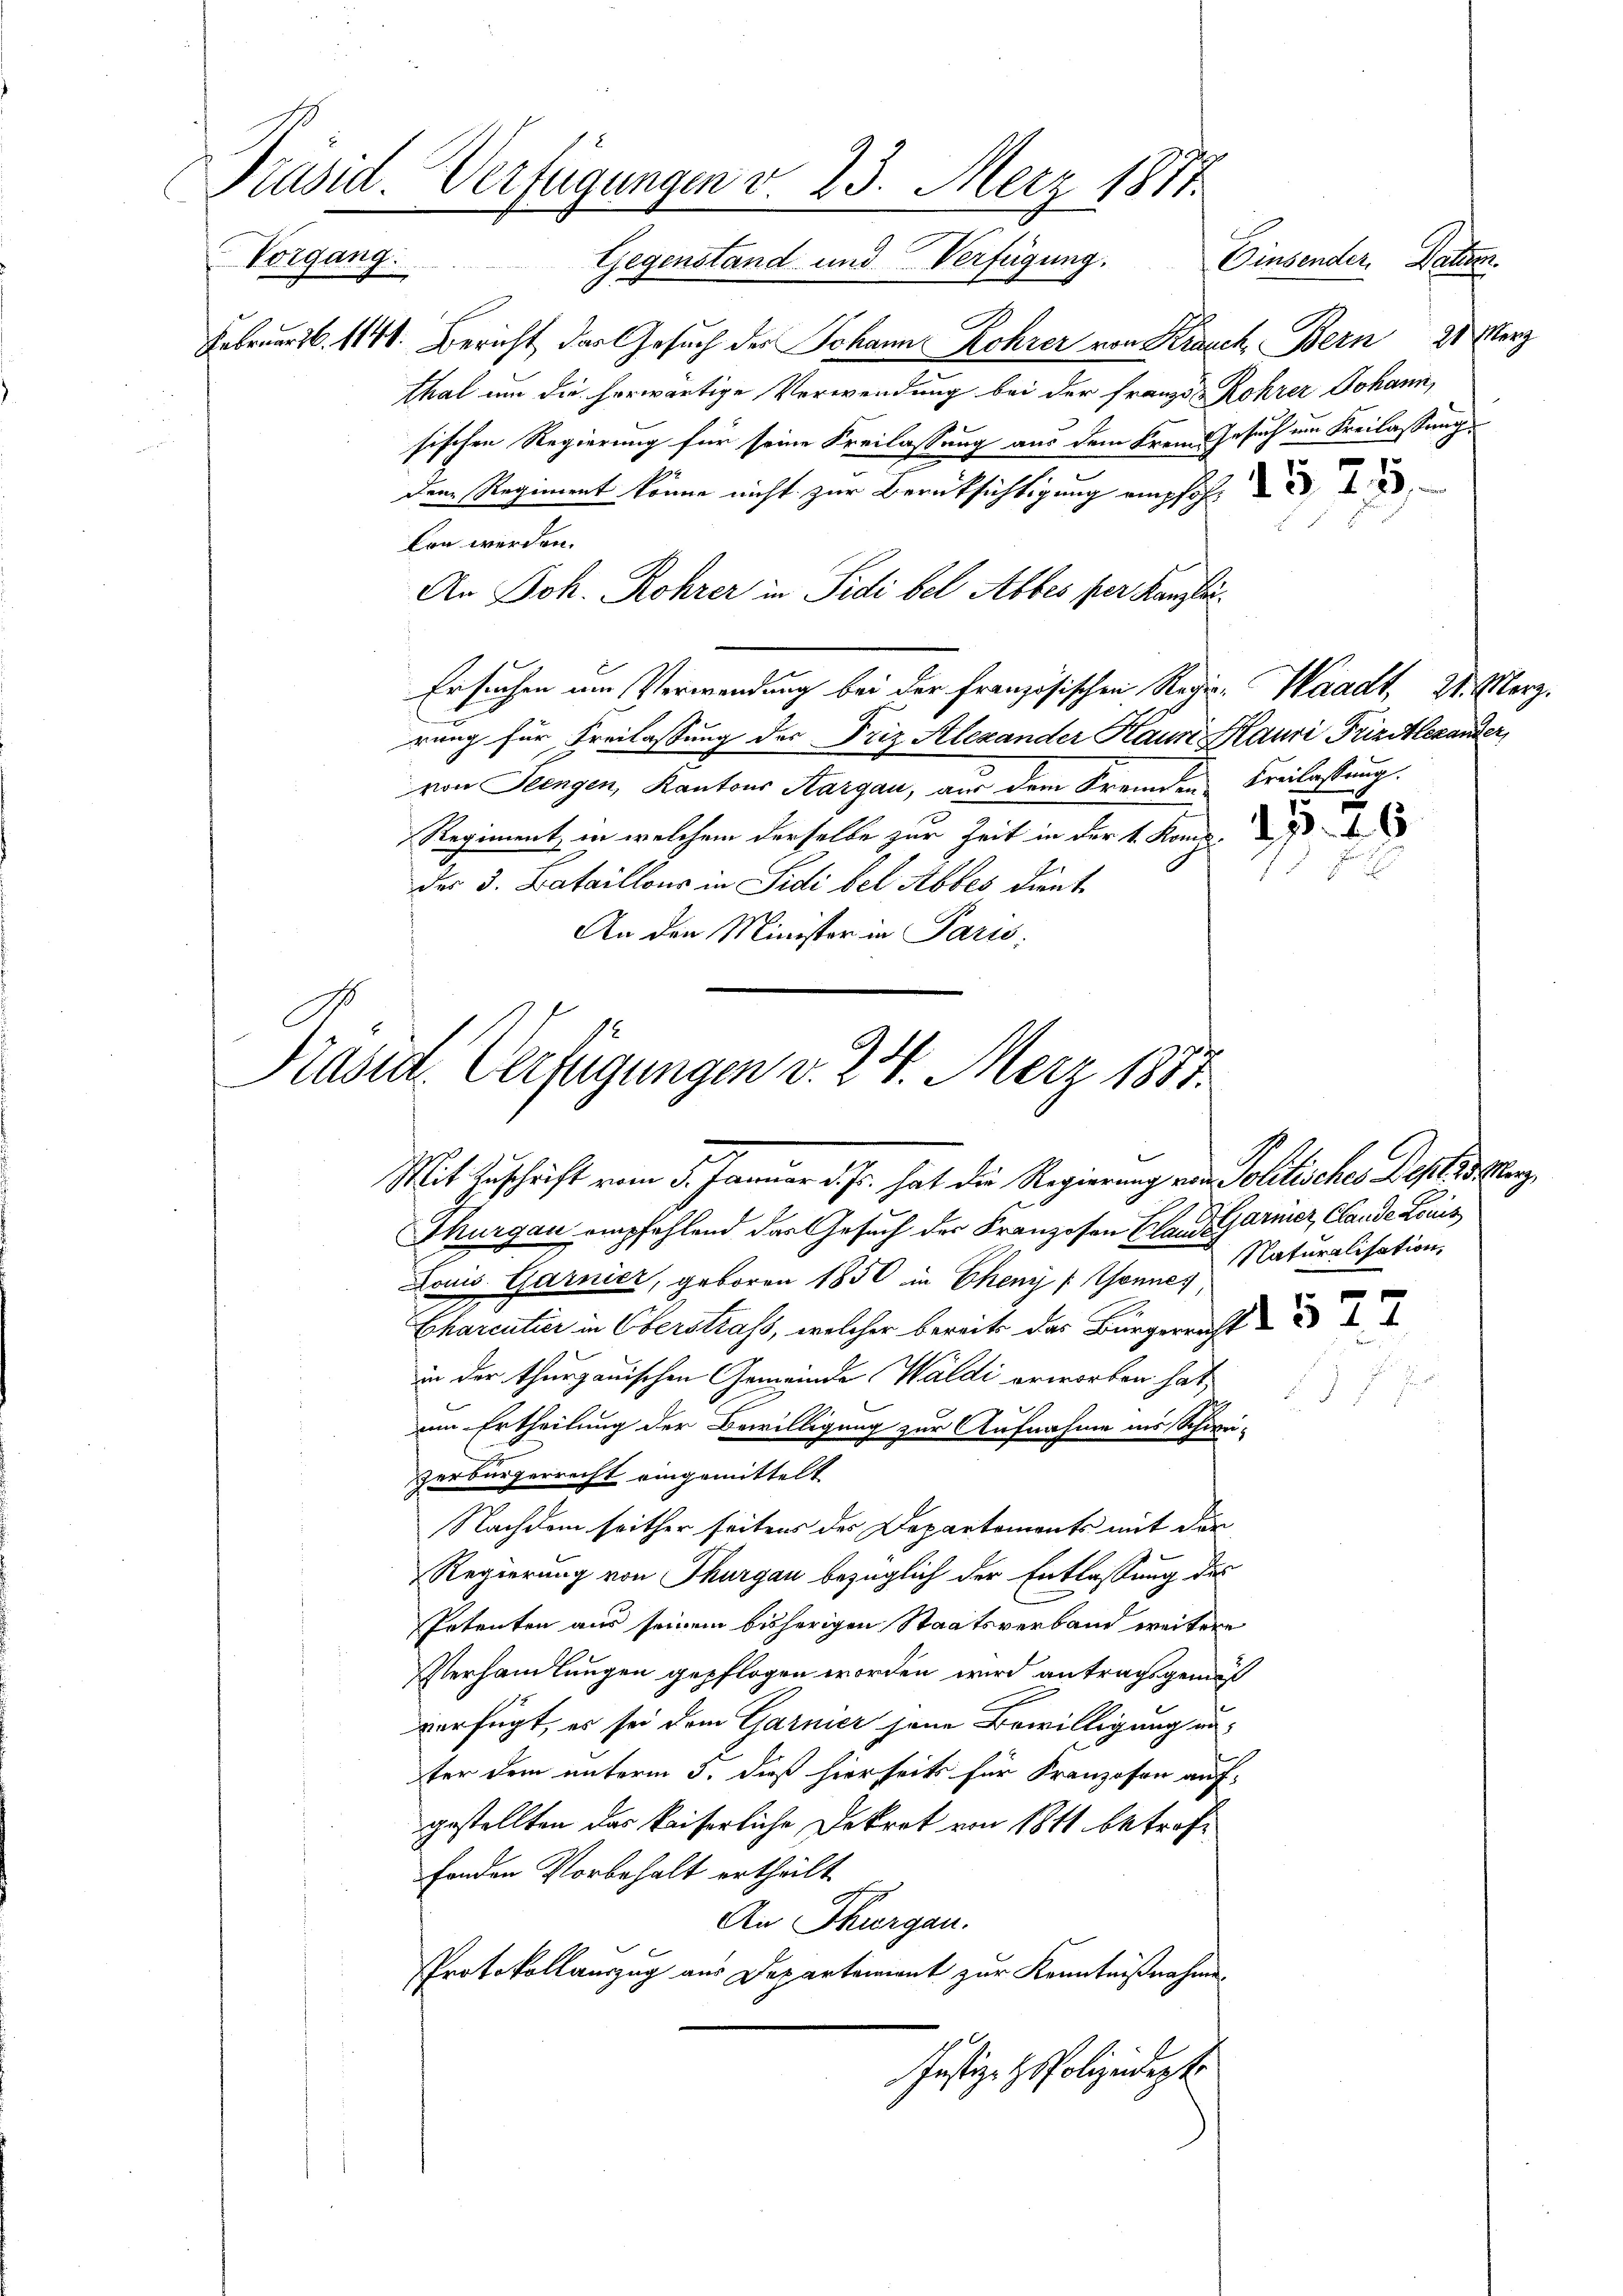
Febr. 111. Bericht das Gesuch der Johann Rohrer von Krauch Bern 21 Merz
thal um die herwärtige Verwendung bei der Französ. Rohrer Johann,
sischen Regierung für seine Freilassung aus dem Frem Gesuch im Freilassung
dem Regiment könne nicht zur Berücksichtigung empfoh
kon werden.
An Joh. Rohrer in Sidi bel Abbes per Kanzli¬
Ersuchen um Verwendung bei der Französischen Regie-Waadt, 21. März.
rung für Freilassung der Friz Alexander Haun Klauri Frizitlexander
von Feingen, Kantons Aargau, aus dem Fremden Freilassung:
Regiment in welchem derselbe zur Zeit in der 4. Komp.
des 3. Bataillons in Sudi bel Abbes dunk¬
An den Minister in Paris:
Mit Zuschrift vom 5. Januar d. J. hat die Regierung ein Sohlicher Destellung
Thurgau empfehlend das Gesuch der Franzosen Brand Garnier, Clande Louis
Louis Garnier, geboren 1850 in Eheny / Sonnes
Eharentier in Oberstraf, welcher bereits das Bürgerricht
in der thurgauischen Gemeinde Waldi erworten hat,
r
um Ertheilung der Bewilligung zur Aufnahme ins Schimi-
zerbürgerrecht eingemittelt
Nachdem seither seitens des Departements mit der
Regierung von Thurgau bezüglich der Entlassung des
Petenten aus seinem bisherigen Staatsverband weitere
Verhandlungen gepflogen worden wird antragsgemäß
verfügt, es sei dem Garnier jene Bewilligung unter dem unterm 5. dieß hierseits für Franzosen auf:
gestellten das kaiserliche Dekret von 1811 betroffonden Vorbehalt ertheilt.
An Thurgau.
Protokollauszug aus Departement zur Kenntnißnahmen
Justiz- & Polizeidigt

Präsid. Verfügungen v. 23. Merz 1877.
Vorgang.
Gegenstand und Verfügung. Einsender. Datum.

Präsid. Verfügungen v. 24. März 1887.

Naturalisation